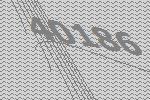
40186